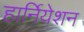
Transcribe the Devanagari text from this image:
हार्नियेशन